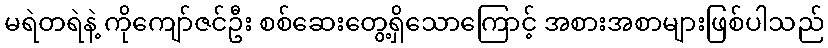
မရဲတရဲနဲ့ ကိုကျော်ဇင်ဦး စစ်ဆေးတွေ့ရှိသောကြောင့် အစားအစာများဖြစ်ပါသည်